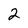
Character: 2